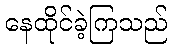
နေထိုင်ခဲ့ကြသည်